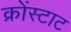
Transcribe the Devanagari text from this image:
क्रोंस्टाट